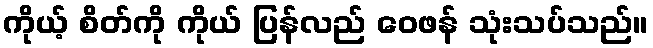
ကိုယ့် စိတ်ကို ကိုယ် ပြန်လည် ဝေဖန် သုံးသပ်သည်။